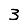
Digit: 3